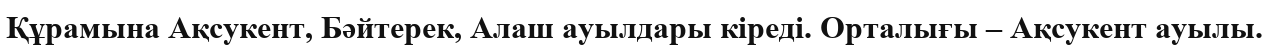
Құрамына Ақсукент, Бәйтерек, Алаш ауылдары кіреді. Орталығы – Ақсукент ауылы.